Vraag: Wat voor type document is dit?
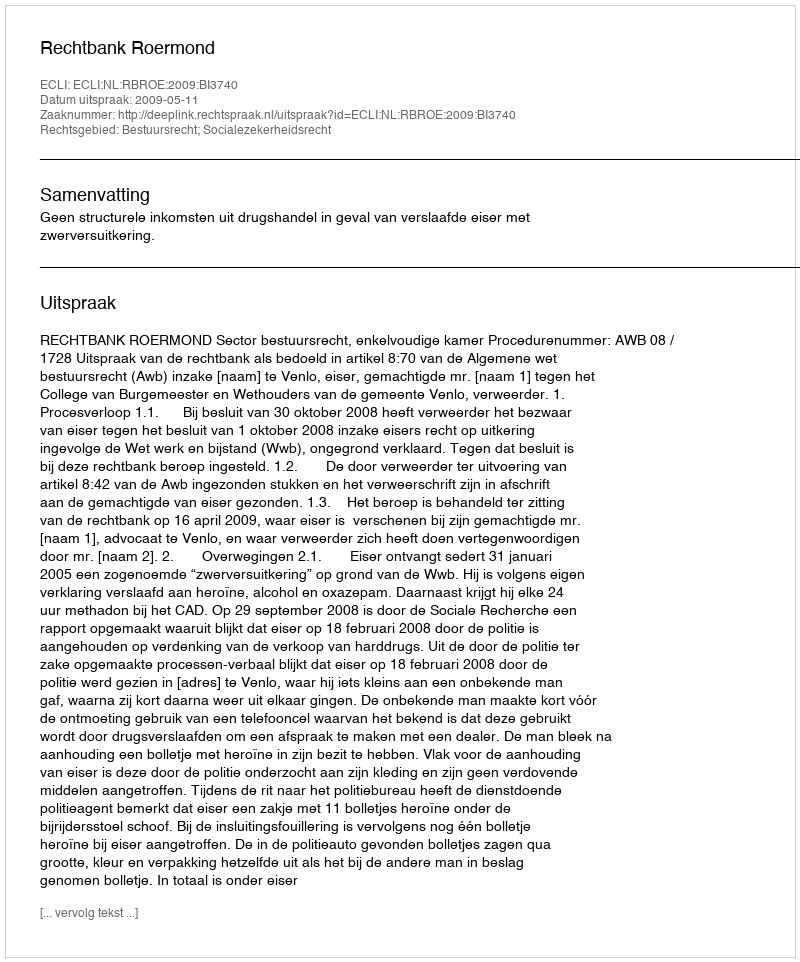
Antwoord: Uitspraak